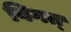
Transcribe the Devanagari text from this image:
विगत्